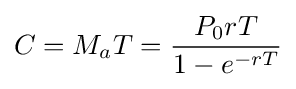
C=M_{a}T={\frac {P_{0}rT}{1-e^{-rT}}}